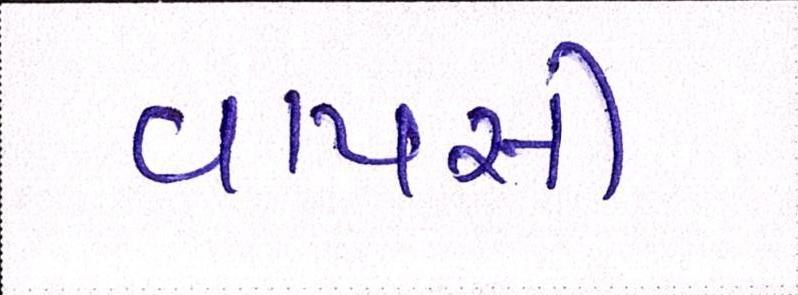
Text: વાપસી